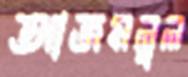
আজমলুল